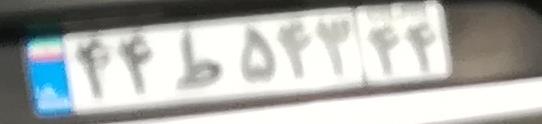
۴۴ط۵۴۳۴۴